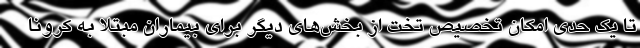
تا یک حدی امکان تخصیص تخت از بخش‌های دیگر برای بیماران مبتلا به کرونا